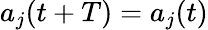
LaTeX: a_{j}(t+T)=a_{j}(t)